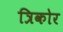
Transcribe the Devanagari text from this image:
त्रिकोर